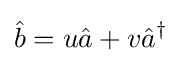
{\hat {b}}=u{\hat {a}}+v{\hat {a}}^{\dagger }